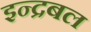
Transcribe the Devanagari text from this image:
इन्द्रबल